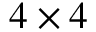
4 \times 4